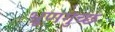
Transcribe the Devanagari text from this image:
भ्रूणगुच्छ